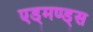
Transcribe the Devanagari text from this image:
एड्मण्ड्स